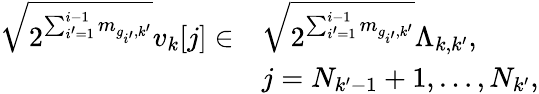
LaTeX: \begin{array}{rl}{\sqrt{2^{\sum_{i^{\prime}=1}^{i-1}m_{g_{i^{\prime}},k^{\prime}}}}v_{k}[j]\in}&{\sqrt{2^{\sum_{i^{\prime}=1}^{i-1}m_{g_{i^{\prime}},k^{\prime}}}}\Lambda_{k,k^{\prime}},}\\ &{j=N_{k^{\prime}-1}+1,\ldots,N_{k^{\prime}},}\end{array}